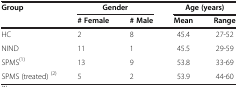
<table><thead><tr><td><b>Group</b></td><td colspan="2"><b>Gender</b></td><td colspan="2"><b>Age (years)</b></td></tr><tr><td><b> </b></td><td><b># Female</b></td><td><b># Male</b></td><td><b>Mean</b></td><td><b>Range</b></td></tr></thead><tbody><tr><td>HC</td><td>2</td><td>8</td><td>45.4</td><td>27-52</td></tr><tr><td>NIND</td><td>11</td><td>1</td><td>45.5</td><td>29-59</td></tr><tr><td>SPMS<sup>(1)</sup></td><td>13</td><td>9</td><td>53.8</td><td>33-69</td></tr><tr><td>SPMS (treated) <sup>(2)</sup></td><td>5</td><td>2</td><td>53.9</td><td>44-60</td></tr></tbody></table>